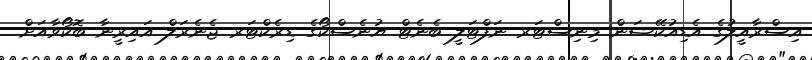
އިސްރާއީލުގެ އެޑިއުކޭޝަން މިނިސްޓަރ ނަފްޓަލީ ބެނެޓް ޔުނެސްކޯގެ ޑިރެކްޓަރ ޖެނެރަލް އައިރީނާ ބޮކޯވާއަށް